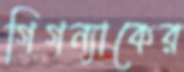
গিগন্যাকের